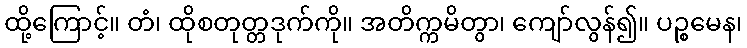
ထို့ကြောင့်။ တံ၊ ထိုစတုတ္တဒုက်ကို။ အတိက္ကမိတွာ၊ ကျော်လွန်၍။ ပဉ္စမေန၊